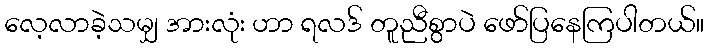
လေ့လာခဲ့သမျှ အားလုံး ဟာ ရလဒ် တူညီစွာပဲ ဖော်ပြနေကြပါတယ်။